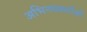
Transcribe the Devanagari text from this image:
अभिनयकर्ताओं